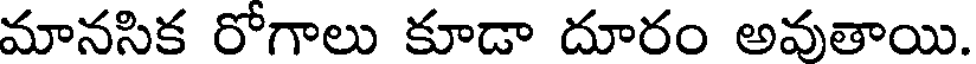
మానసిక రోగాలు కూడా దూరం అవుతాయి.